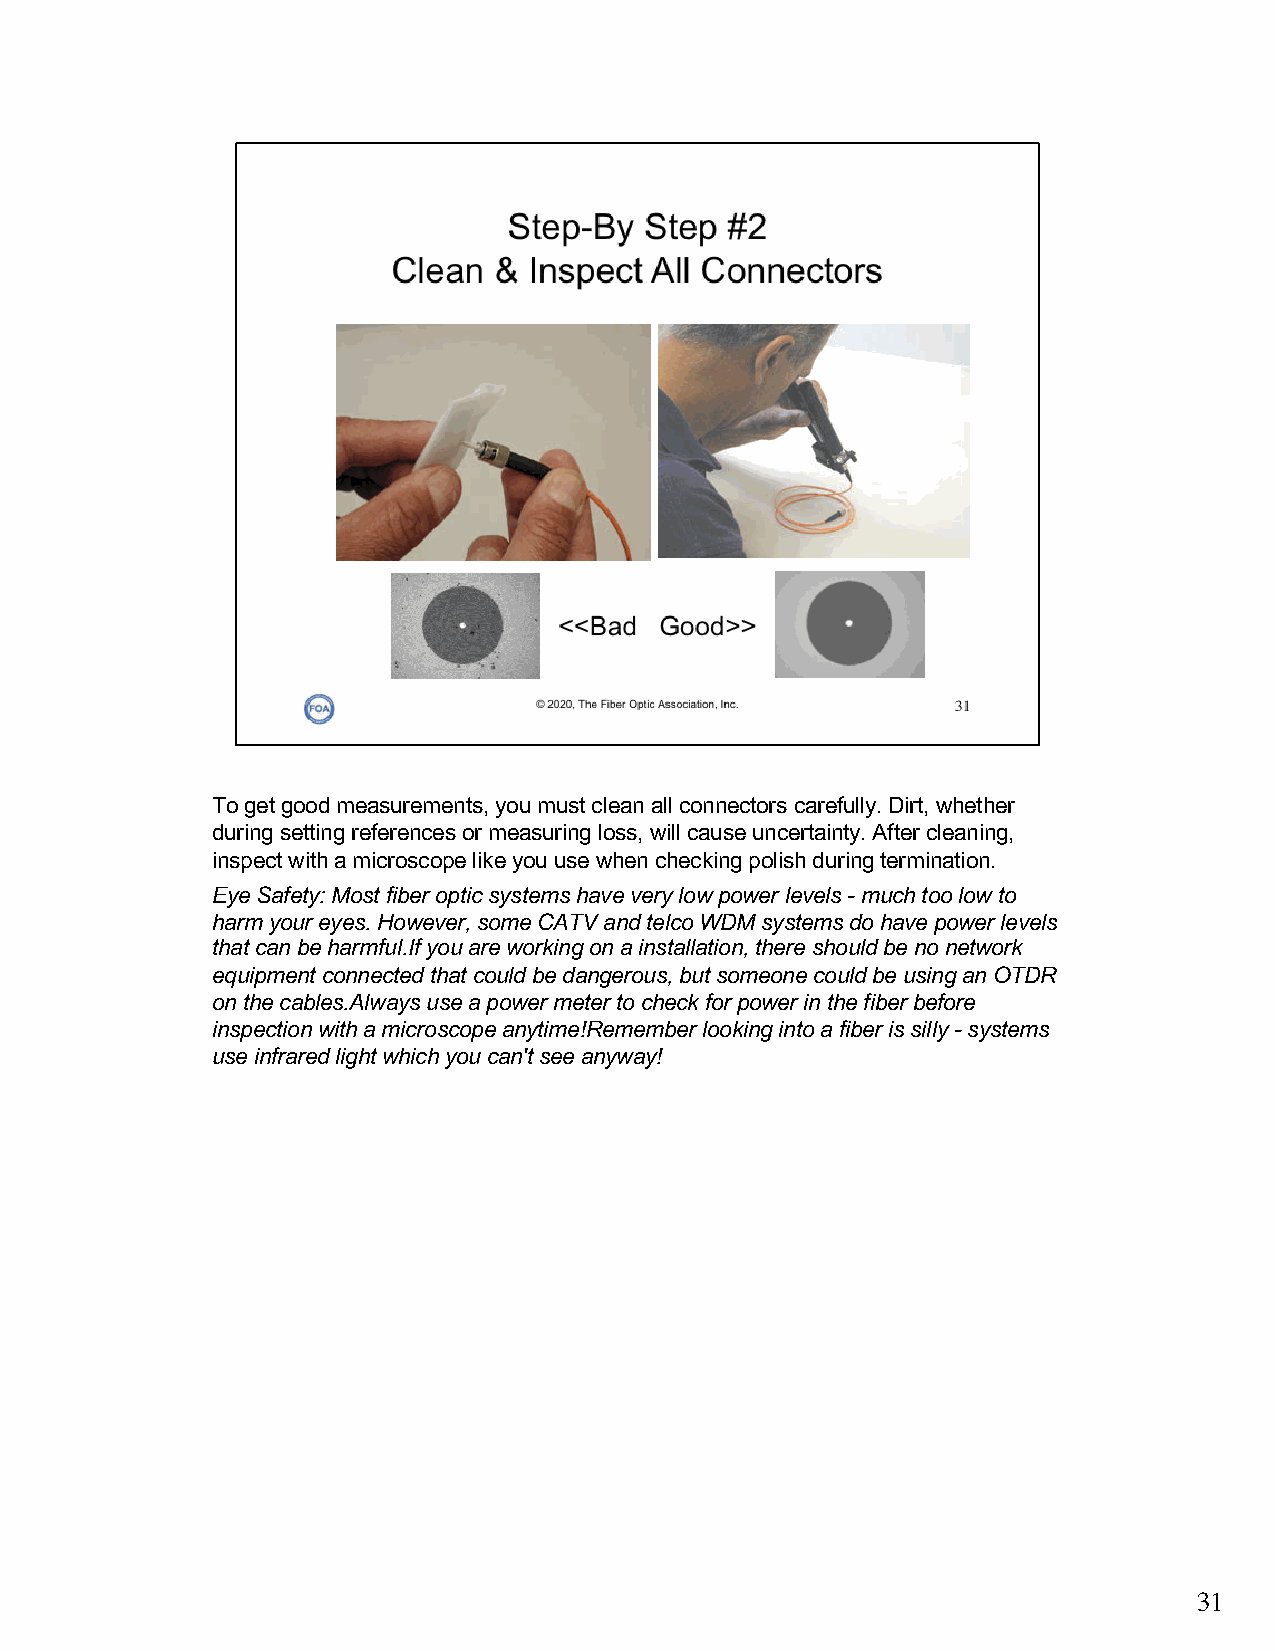
To get good measurements, you must clean all connectors carefully. Dirt, whether
 during setting references or measuring loss, will cause uncertainty. After cleaning,
 inspect with a microscope like you use when checking polish during termination.
 Eye Safety: Most fiber optic systems have very low power levels -much too low to
 harm your eyes. However, some CATV and telco WDM systems do have power levels
 that can be harmful.If you are working on a installation, there should be no network
 equipment connected that could be dangerous, but someone could be using an OTDR
 on the cables.Always use a power meter to check for power in the fiber before
 inspection with a microscope anytime!Remember looking into a fiber is silly -systems
 use infrared light which you can't see anyway!
 31